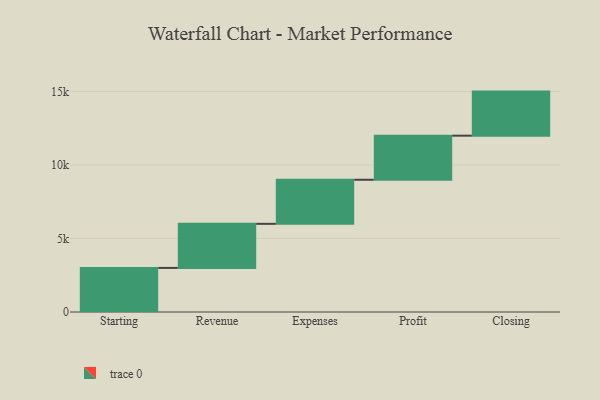
{"axis": {"x": "Step", "y": "Value"}, "legend": [""], "data": [{"x": "Starting", "y": 3000, "type": ""}, {"x": "Revenue", "y": 3000, "type": ""}, {"x": "Expenses", "y": 3000, "type": ""}, {"x": "Profit", "y": 3000, "type": ""}, {"x": "Closing", "y": 3000, "type": ""}]}